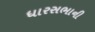
ધારસભાની